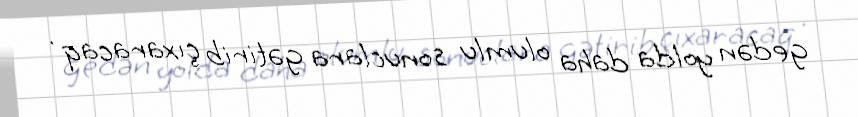
gedən yolda daha olumlu sonuclara gətirib çıxaracaq .